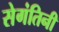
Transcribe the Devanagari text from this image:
सेगंतिनी